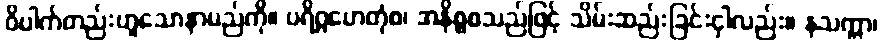
ဝိပါက်တည်းဟူသောနာမည်ကို။ ပရိဂ္ဂဟေတုံစ၊ အနိစ္စစသည်ဖြင့် သိမ်းဆည်းခြင်းငှါလည်း။ နသက္ကာ၊